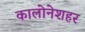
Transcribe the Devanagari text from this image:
कालोनेशहर